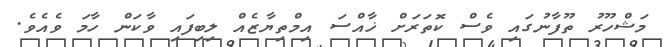
މަޝްހޫރު ތޫފާނުގައި ވެސް ކޮތަރަށް ޚާއްސަ އިމްތިޔާޒެއް ލިބިފައި ވާކަން ހާމަ ވެއެވެ.